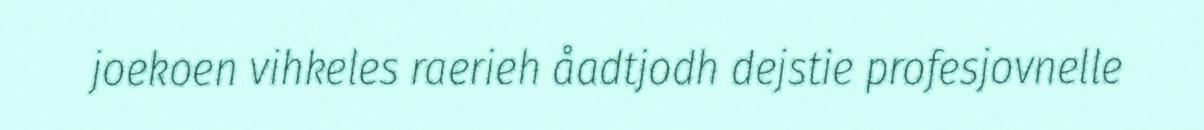
joekoen vihkeles raerieh åadtjodh dejstie profesjovnelle